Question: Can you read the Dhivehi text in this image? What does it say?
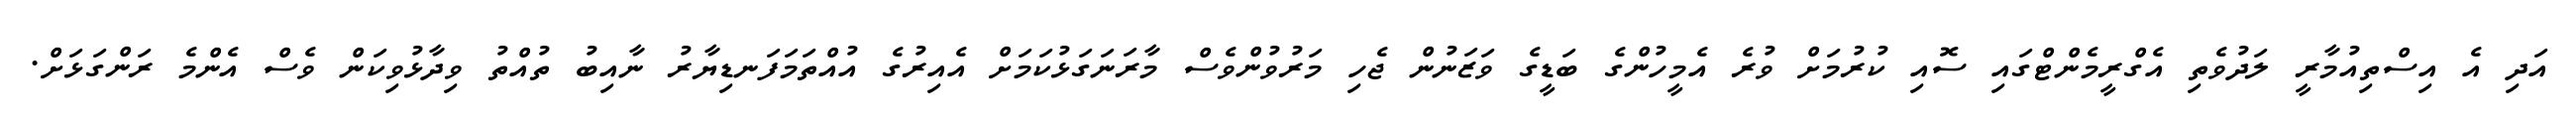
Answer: އަދި އެ އިސްތިއުމާރީ ލަދުވެތި އެގްރީމެންޓްގައި ސޮއި ކުރުމަށް ވުރެ އެމީހުންގެ ބަޑީގެ ވަޒަނުން ޖެހި މަރުވުންވެސް މާރަނަގަޅުކަމަށް އެއިރުގެ އުއްތަމަފަނޑިޔާރު ނާއިބު ތުއްތު ވިދާޅުވިކަން ވެސް އެންމެ ރަންގަޅަށް.